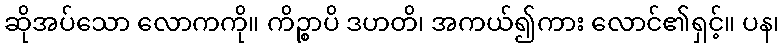
ဆိုအပ်သော လောကကို။ ကိဉ္စာပိ ဒဟတိ၊ အကယ်၍ကား လောင်၏ရှင့်။ ပန၊